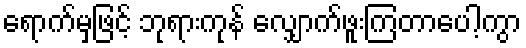
ရောက်မှဖြင့် ဘုရားကုန် လျှောက်ဖူးကြတာပေါ့ကွာ